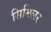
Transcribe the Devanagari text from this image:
सिमिलर